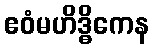
ဧဝံမဟိဒ္ဓိကေန